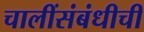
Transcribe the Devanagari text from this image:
चालींसंबंधीची